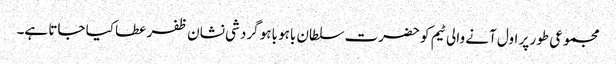
مجموعی طور پر اول آنے والی ٹیم کو حضرت سلطان باہو باہو گردشی نشان ظفر عطا کیا جاتا ہے۔